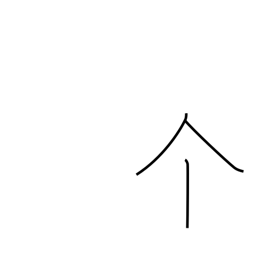
Meaning: individual